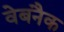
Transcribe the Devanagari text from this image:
वेबनैक